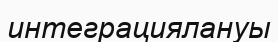
интеграциялануы